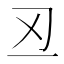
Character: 丒